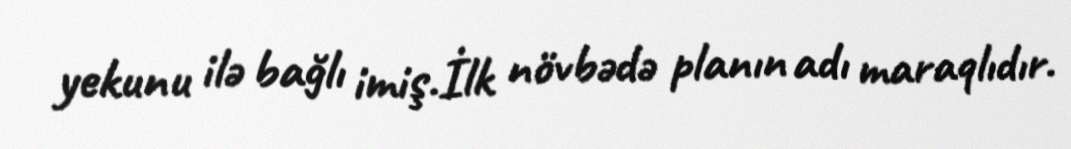
yekunu ilə bağlı imiş.İlk növbədə planın adı maraqlıdır.